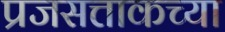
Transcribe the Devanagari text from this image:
प्रजसत्ताकच्या